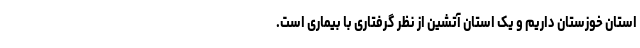
استان خوزستان داریم و یک استان آتشین از نظر گرفتاری با بیماری است.